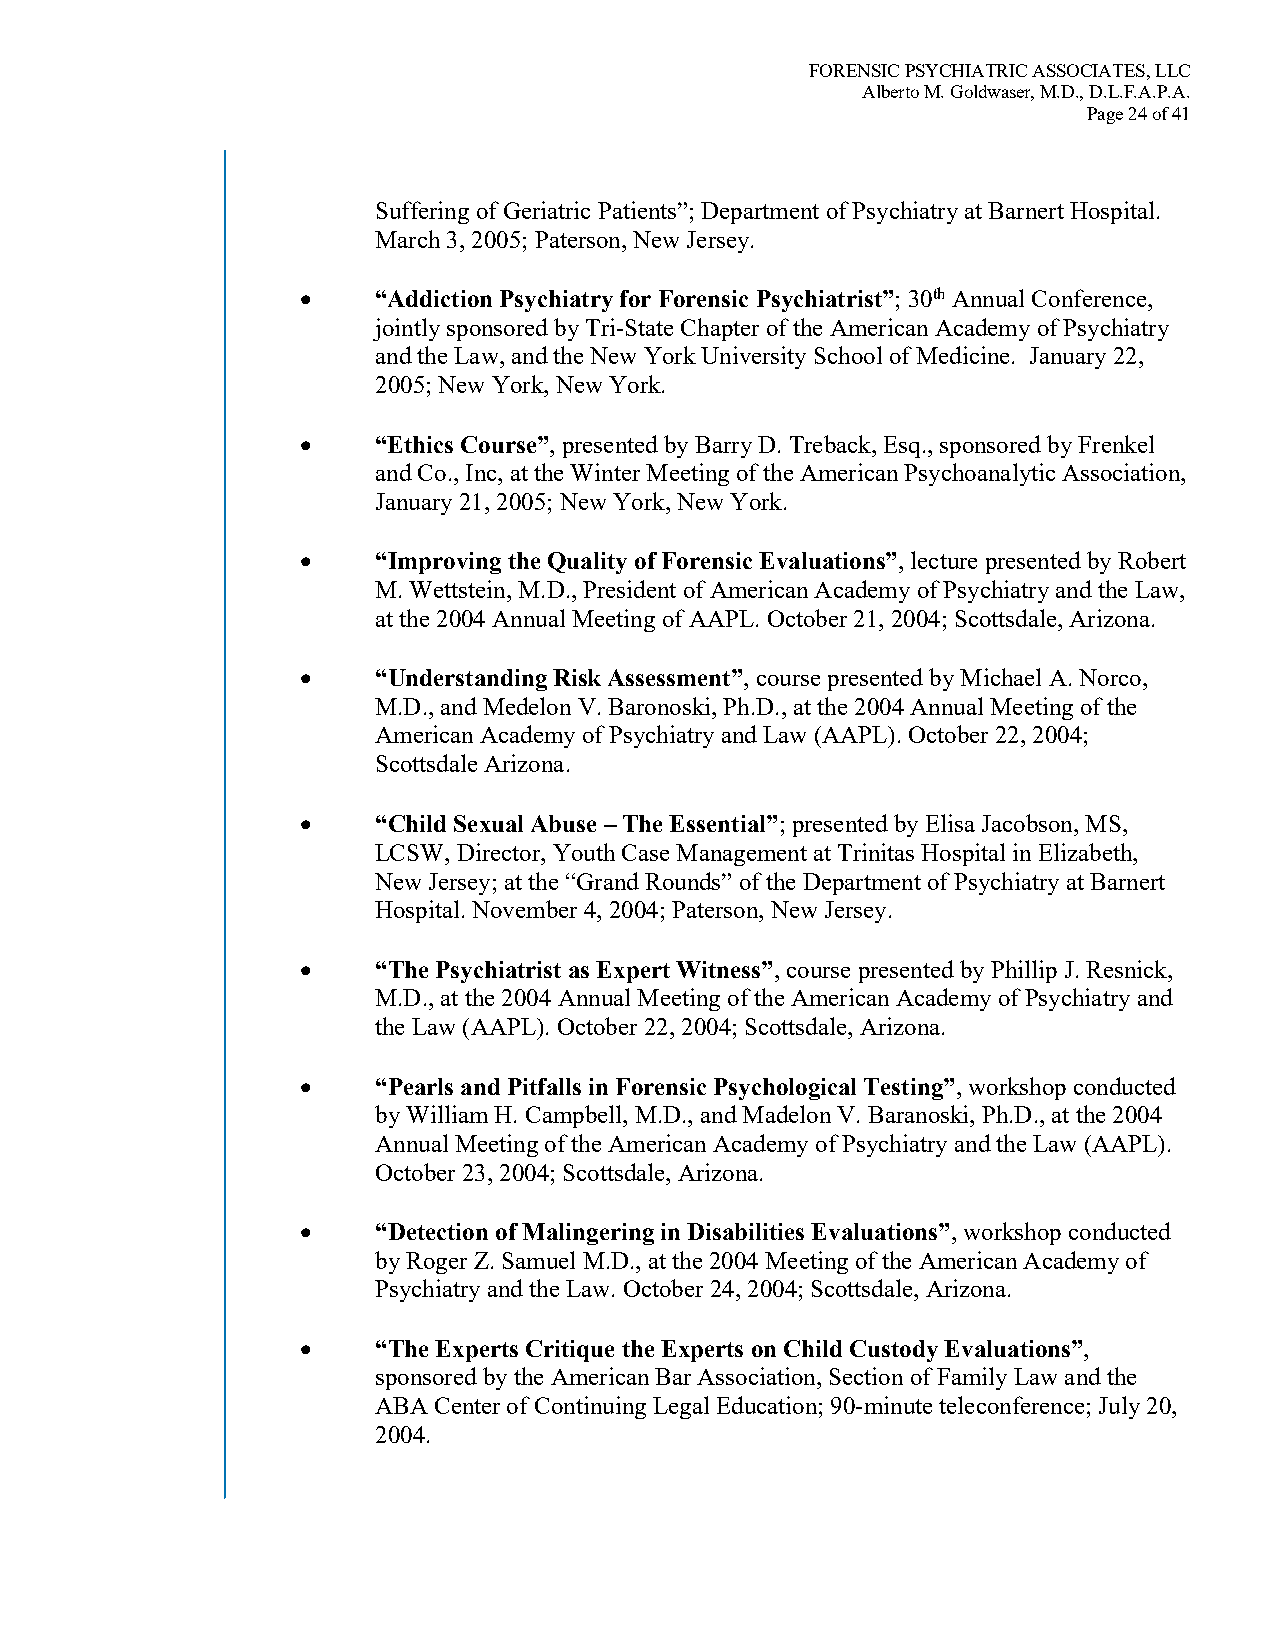
FORENSIC PSYCHIATRIC ASSOCIATES, LLC
 Alberto M. Goldwaser, M.D., D.L.F.A.P.A.
 Page 24 of 41
 Suffering of Geriatric Patients”; Department of Psychiatry at Barnert Hospital.
 March 3, 2005; Paterson, New Jersey.
 •    “Addiction Psychiatry for Forensic Psychiatrist”; 30th Annual Conference,
 jointly sponsored by Tri-State Chapter of the American Academy of Psychiatry
 and the Law, and the New York University School of Medicine. January 22,
 2005; New York, New York.
 •    “Ethics Course”, presented by Barry D. Treback, Esq., sponsored by Frenkel
 and Co., Inc, at the Winter Meeting of the American Psychoanalytic Association,
 January 21, 2005; New York, New York.
 •    “Improving the Quality of Forensic Evaluations”, lecture presented by Robert
 M. Wettstein, M.D., President of American Academy of Psychiatry and the Law,
 at the 2004 Annual Meeting of AAPL. October 21, 2004; Scottsdale, Arizona.
 •    “Understanding Risk Assessment”, course presented by Michael A. Norco,
 M.D., and Medelon V. Baronoski, Ph.D., at the 2004 Annual Meeting of the
 American Academy of Psychiatry and Law (AAPL). October 22, 2004;
 Scottsdale Arizona.
 •    “Child Sexual Abuse – The Essential”; presented by Elisa Jacobson, MS,
 LCSW, Director, Youth Case Management at Trinitas Hospital in Elizabeth,
 New Jersey; at the “Grand Rounds” of the Department of Psychiatry at Barnert
 Hospital. November 4, 2004; Paterson, New Jersey.
 •    “The Psychiatrist as Expert Witness”, course presented by Phillip J. Resnick,
 M.D., at the 2004 Annual Meeting of the American Academy of Psychiatry and
 the Law (AAPL). October 22, 2004; Scottsdale, Arizona.
 •    “Pearls and Pitfalls in Forensic Psychological Testing”, workshop conducted
 by William H. Campbell, M.D., and Madelon V. Baranoski, Ph.D., at the 2004
 Annual Meeting of the American Academy of Psychiatry and the Law (AAPL).
 October 23, 2004; Scottsdale, Arizona.
 •    “Detection of Malingering in Disabilities Evaluations”, workshop conducted
 by Roger Z. Samuel M.D., at the 2004 Meeting of the American Academy of
 Psychiatry and the Law. October 24, 2004; Scottsdale, Arizona.
 •    “The Experts Critique the Experts on Child Custody Evaluations”,
 sponsored by the American Bar Association, Section of Family Law and the
 ABA Center of Continuing Legal Education; 90-minute teleconference; July 20,
 2004.